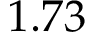
1 . 7 3